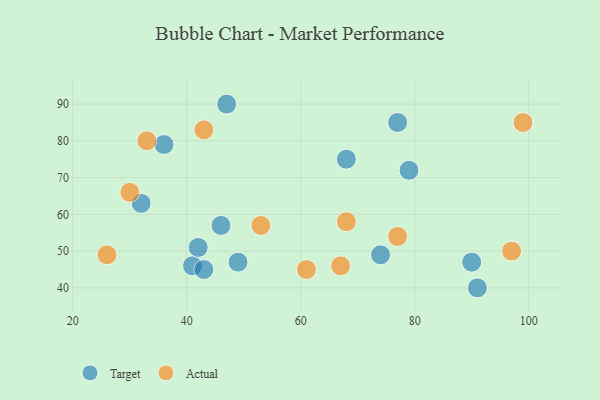
{"axis": {"x": "GDP", "y": "Life Expectancy"}, "legend": ["Actual", "Target"], "data": [{"x": "41", "y": 46, "type": "Target"}, {"x": "74", "y": 49, "type": "Target"}, {"x": "36", "y": 79, "type": "Target"}, {"x": "42", "y": 51, "type": "Target"}, {"x": "43", "y": 45, "type": "Target"}, {"x": "79", "y": 72, "type": "Target"}, {"x": "47", "y": 90, "type": "Target"}, {"x": "49", "y": 47, "type": "Target"}, {"x": "90", "y": 47, "type": "Target"}, {"x": "77", "y": 85, "type": "Target"}, {"x": "91", "y": 40, "type": "Target"}, {"x": "32", "y": 63, "type": "Target"}, {"x": "46", "y": 57, "type": "Target"}, {"x": "68", "y": 75, "type": "Target"}, {"x": "26", "y": 49, "type": "Actual"}, {"x": "97", "y": 50, "type": "Actual"}, {"x": "61", "y": 45, "type": "Actual"}, {"x": "67", "y": 46, "type": "Actual"}, {"x": "99", "y": 85, "type": "Actual"}, {"x": "33", "y": 80, "type": "Actual"}, {"x": "53", "y": 57, "type": "Actual"}, {"x": "77", "y": 54, "type": "Actual"}, {"x": "30", "y": 66, "type": "Actual"}, {"x": "43", "y": 83, "type": "Actual"}, {"x": "68", "y": 58, "type": "Actual"}]}